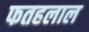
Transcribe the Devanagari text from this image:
फतहलाल